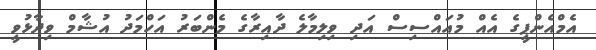
އެމްއެންޕީގެ އެއް މުއައްސިސް އަދި ވިލިމާލެ ދާއިރާގެ މެންބަރު އަހްމަދު އުޝާމް ވިދާޅުވީ